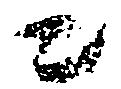
ニ